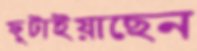
ফুটাইয়াছেন